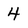
Character: 4